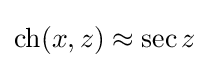
{\textstyle \operatorname {ch} (x,z)\approx \sec z}